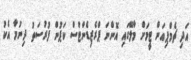
އަދި ޗެމްޕިއަން ޓީމަށް މާލޭގައި އޮންނަ ޕްރެޒިޑެންޓްސް ކަޕުން ފުރުސަތު ދިނުމާ އެކު